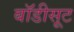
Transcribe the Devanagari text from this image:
बाॅडीसूट